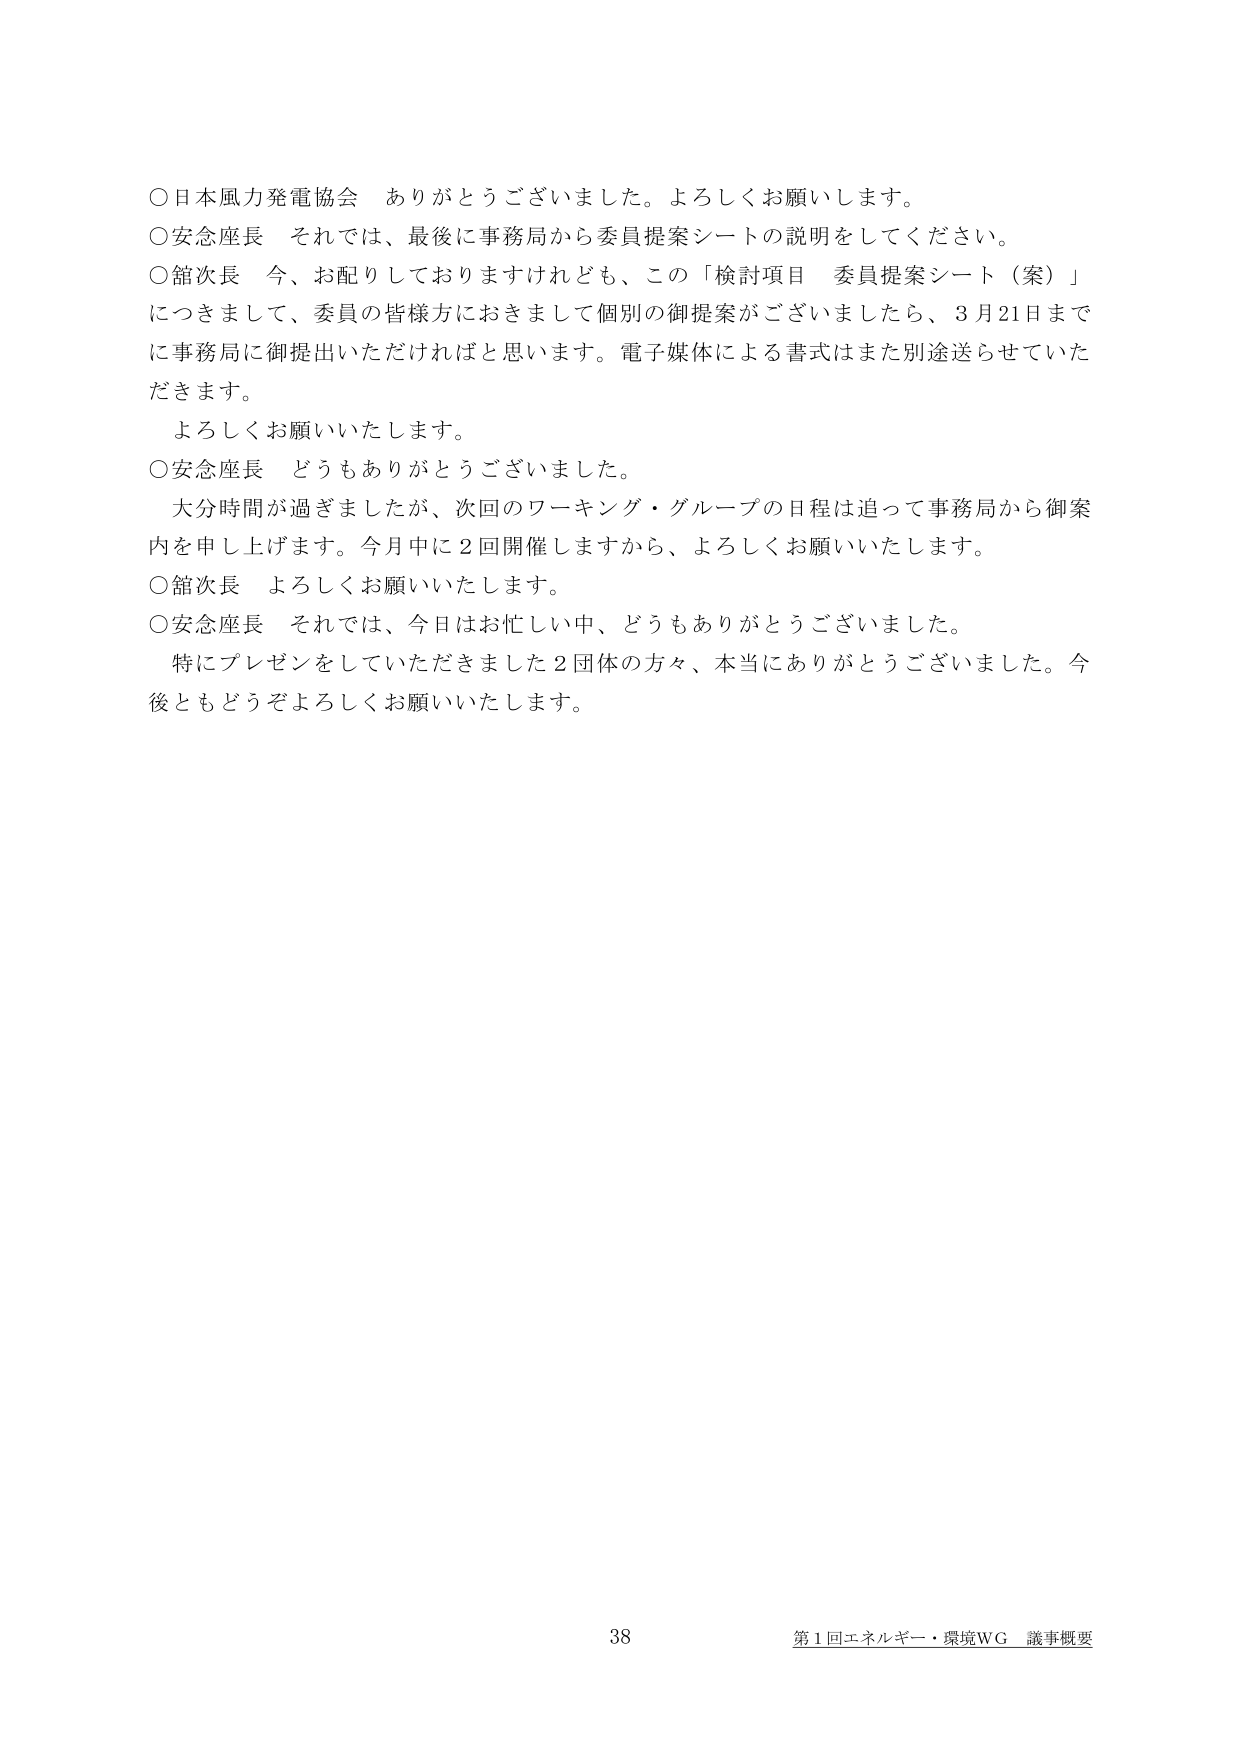
○日本風力発電協会　ありがとうございました。よろしくお願いします。
○安念座長　それでは、最後に事務局から委員提案シートの説明をしてください。
○舘次長　今、お配りしておりますけれども、この「検討項目　委員提案シート（案）」につきまして、委員の皆様方におきまして個別の御提案がございましたら、3月21日までに事務局に御提出いただければと思います。電子媒体による書式はまた別途送らせていただきます。
　よろしくお願いいたします。
○安念座長　どうもありがとうございました。
　大分時間が過ぎましたが、次回のワーキング・グループの日程は追って事務局から御案内を申し上げます。今月中に2回開催しますから、よろしくお願いいたします。
○舘次長　よろしくお願いいたします。
○安念座長　それでは、今日はお忙しい中、どうもありがとうございました。
　特にプレゼンをしていただきました2団体の方々、本当にありがとうございました。今後ともどうぞよろしくお願いいたします。

38　第1回エネルギー・環境WG　議事概要